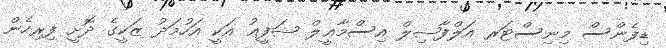
ޑިފެންސް މިނިސްޓަރ އަލްފާޟިލް އިސްމާޢީލް ޝަފީޢު އަކީ އަހުމަދު ޒަކީގެ ދޮށީ ފިރިހެން